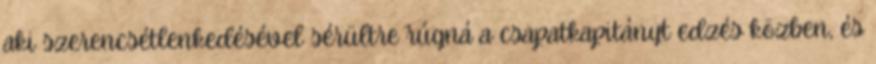
aki szerencsétlenkedésével sérültre rúgná a csapatkapitányt edzés közben, és